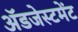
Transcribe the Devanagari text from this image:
ॲडजेस्टमेंट